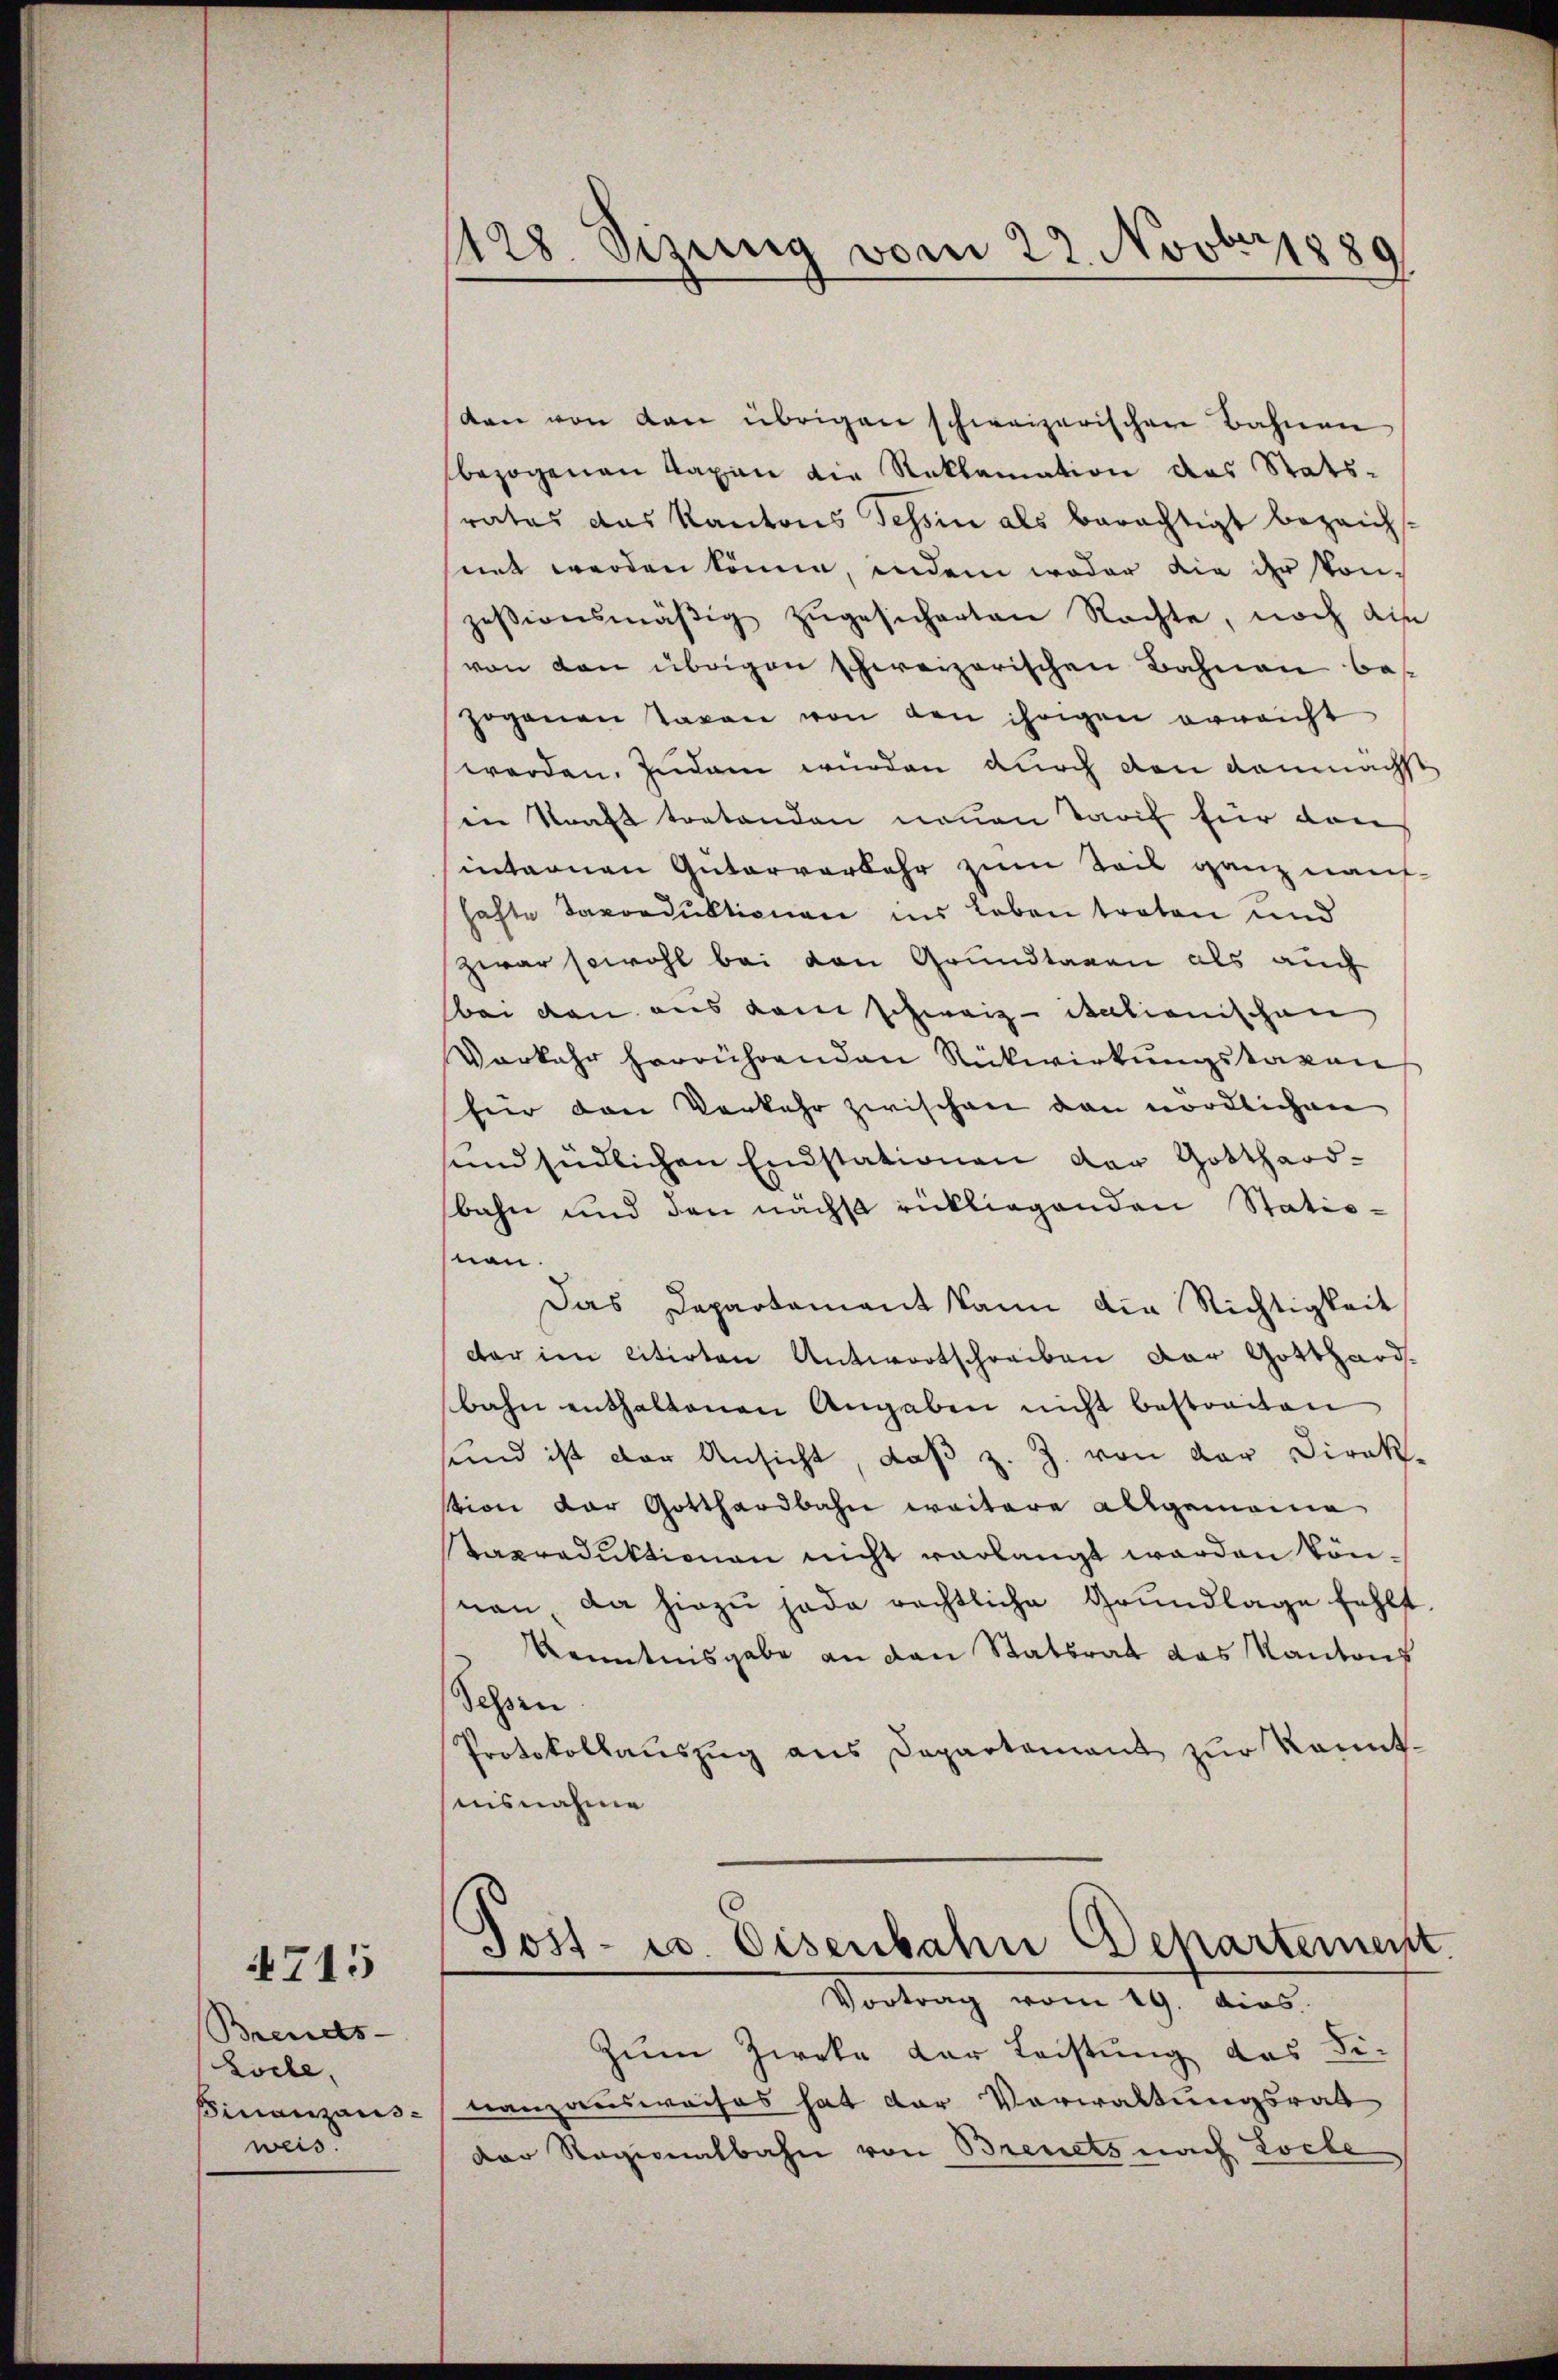
Brends
Locle,
weis.

4715

dan von den übrigen schweizerischen Bahnen
bezogenen Taxen die Reklamation des Stats-
rates das Kantons Tessin als barächtigt bezeichssint werden könne, indem weder die der konzessionsmäßig zugesicherten Rachte, noch die
von den übrigen schweizerischen Bahnen bes
Hogananstaxen von den ihrigen erreicht
werden. Zudem wurden durch den demnächst
in Straft tretenden neuen Tarif für dan
internen Güterverkehr zum Teil ganz naufhafte davonduktionen ins Leben troten und
zwar sowohl bei den Grundtagen als auch
bei den aus dem schweiz italionischen
Vorkehr herrührenden Rückwirkungstaxen
für den Verkehr zwischen den nördlichen
sind südlichen Endstationen der Gotthard-
bahn und den nächst rückliegenden Stationen.
Das Departament kann die Nichtigkeit
dar im citirten Antwortschreiben der Gotthardbahn enthaltenen Angaben nicht bestreiten
sund ist der Ansicht, daß z. Z. von der Direk-
tion der Gotthardbahn weitere allgemeine
Staxraduktionen nicht verlangt werden können, da hiezu jede rechtliche Grundlage fehlt
Kenntnisgabe an den Statsrat das Kantons
Sehen
Protokollauszug aus Departement zur kanntuisnahme
.

428. Sizung vom 22. Novbr 1889

Sost- u. Eisenbahn Departement
Vortrag vom 19. dies

Zum Zweke der Leistung das Fi-
Finanzaus- Lanzausweises hat der Verwaltungsrat
Der Regionalbahn von Breuets nach Loche